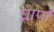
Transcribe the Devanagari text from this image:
घ्राणं